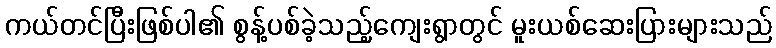
ကယ်တင်ပြီးဖြစ်ပါ၏ စွန့်ပစ်ခဲ့သည့်ကျေးရွာတွင် မူးယစ်ဆေးပြားများသည်